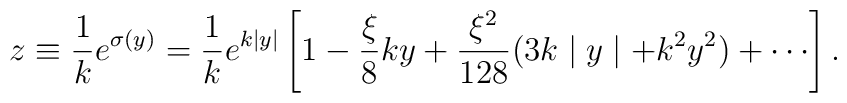
z \equiv \frac{1}{k} e^{\sigma(y)}= \frac{1}{k} e^{k\mid y \mid}\left[1 - \frac{\xi}{8} ky + \frac{\xi^2}{128} (3k\mid y \mid + k^2 y^2) +      \cdots   \right].